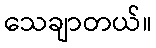
သေချာတယ်။